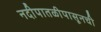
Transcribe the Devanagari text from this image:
नदीपातळीपासूनची